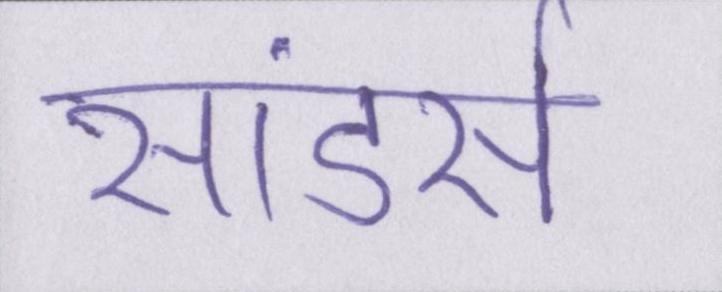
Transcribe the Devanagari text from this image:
सांडर्स